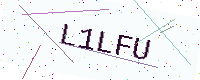
Text: L1LFU